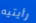
رأيتيه